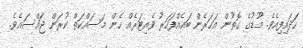
ހަަދައިފިއެވެ. މޫޑުގެ ގޮތުން އަހަރެން ބައެއްފަހަރު ވެއިޓަރެއް ހެން މަސައްކަތް ކުރަން ޖައްސައެވެ.